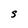
Character: S